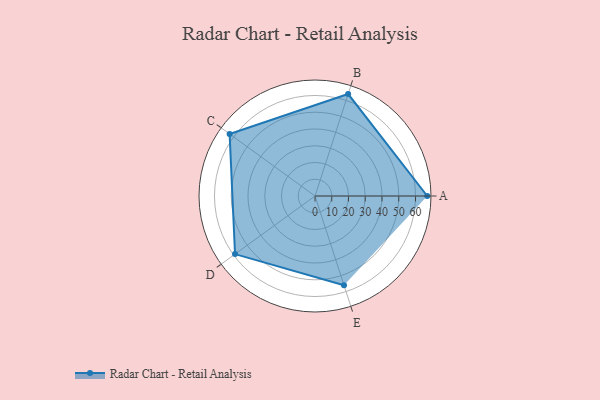
{"axis": {"x": "Skill", "y": "Score"}, "legend": ["Profile"], "data": [{"x": "A", "y": 67.0, "type": "Profile"}, {"x": "B", "y": 64.0, "type": "Profile"}, {"x": "C", "y": 63.0, "type": "Profile"}, {"x": "D", "y": 59.0, "type": "Profile"}, {"x": "E", "y": 56.0, "type": "Profile"}]}